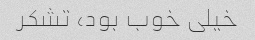
خیلی خوب بود، تشکر